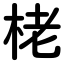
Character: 栳